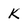
Character: K